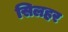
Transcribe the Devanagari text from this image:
सिलहर